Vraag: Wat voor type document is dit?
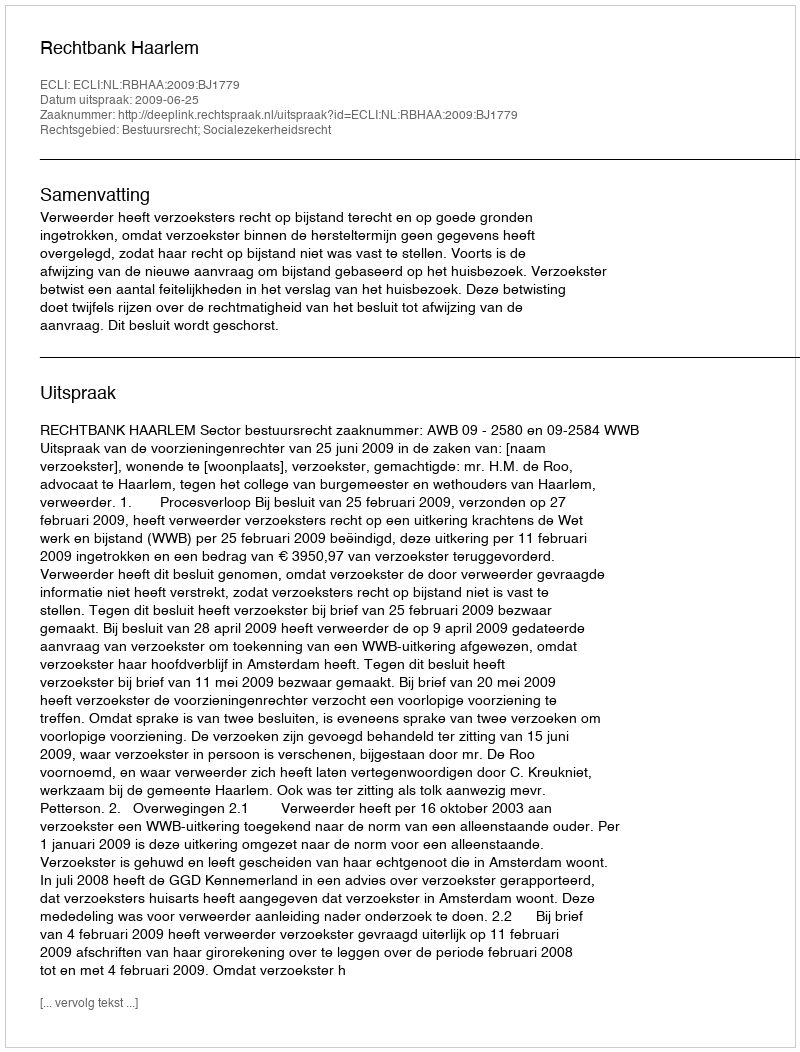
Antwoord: Uitspraak